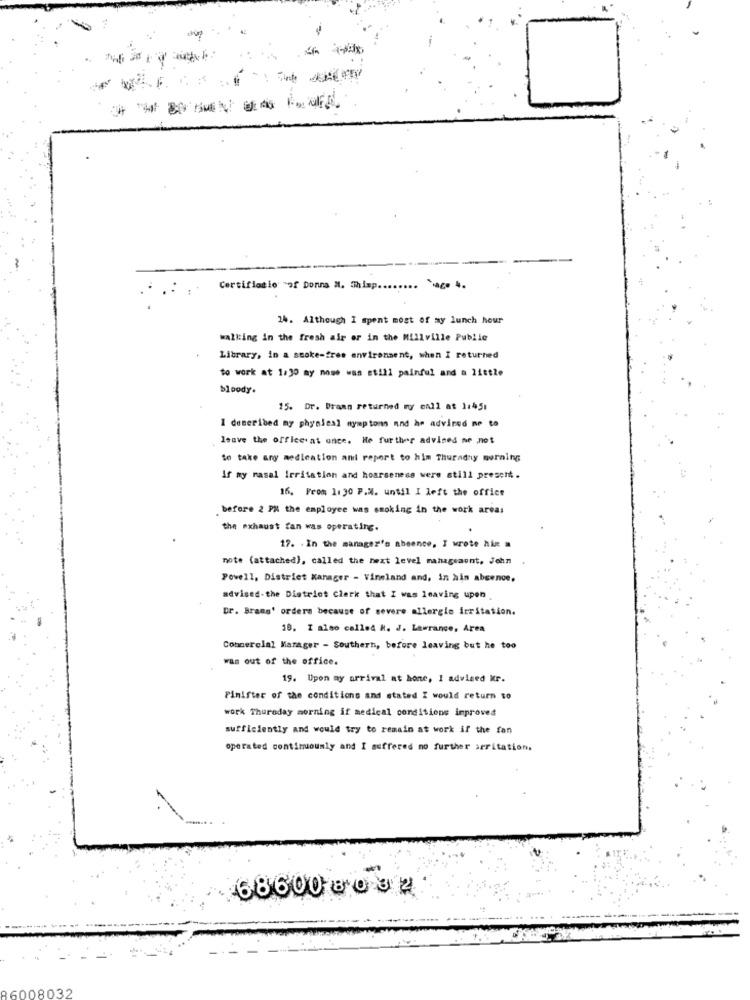
-------
Certifiatio of Donna M. Shisp ........ "ace 4.
24. Although I spent most of my lunch hour
walking in the fresh air or in the Millville Public
Library, in a smoke-free environment, when I returned
to work at 1:30 my nome was still painful and a little
bloody.
15. Dr. Draan returned my call at 1:45:
I described my physical symptoms and he advised me to
leave the office.at once. He further advised ne not
to take any medication and report to him Thuradny morning
If my masal Irritation and hoarseness were still present .
16. From 1:30 P.M. until I left the office
before 2 PM the employee was smoking in the work areas
the exhaust fan was operating.
17. . In the manager's abeence, I wrote hix =
note (attached), called the next level management, John
Powell, District Manager - Vineland and, in hin absence.
advised-the District Clerk that I was leaving upon
Dr. Brans' orders because of severe allergie irritation.
10. I also called H. J. Lawrance, Area
Commercial Manager - Southern, before leaving but he too
was out of the office.
19. Upon ay arrival at home, I advised Mr.
Finifter of the conditions and stated I would return to
work Thursday morning if medical conditions improved
sufficiently and would try to remain at work if the fan
operated continuously and I suffered no further arritation.
68600 - 0 3 4
36008032